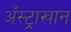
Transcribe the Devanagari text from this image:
अँस्ट्राखान